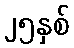
၂၅နှစ်